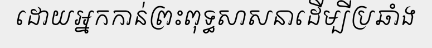
ដោយអ្នកកាន់ព្រះពុទ្ធសាសនាដើម្បីប្រឆាំង